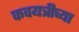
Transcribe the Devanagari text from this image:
कवयत्रीच्या